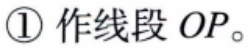
\textcircled{1} 作线段 \(OP\)。